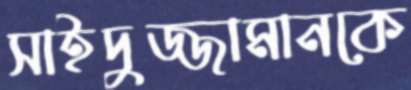
সাইদুজ্জামানকে